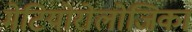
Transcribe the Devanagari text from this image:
मेटियोरोलोजिका